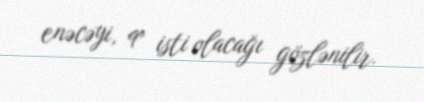
enəcəyi, 9° isti olacağı gözlənilir.